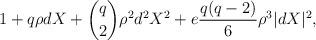
LaTeX: \begin{align*} 1+ q\rho d X + \binom{q}{2} \rho^2 d^2 X^2 + e \frac{q(q-2)}{6}\rho^3|dX|^2, \end{align*}